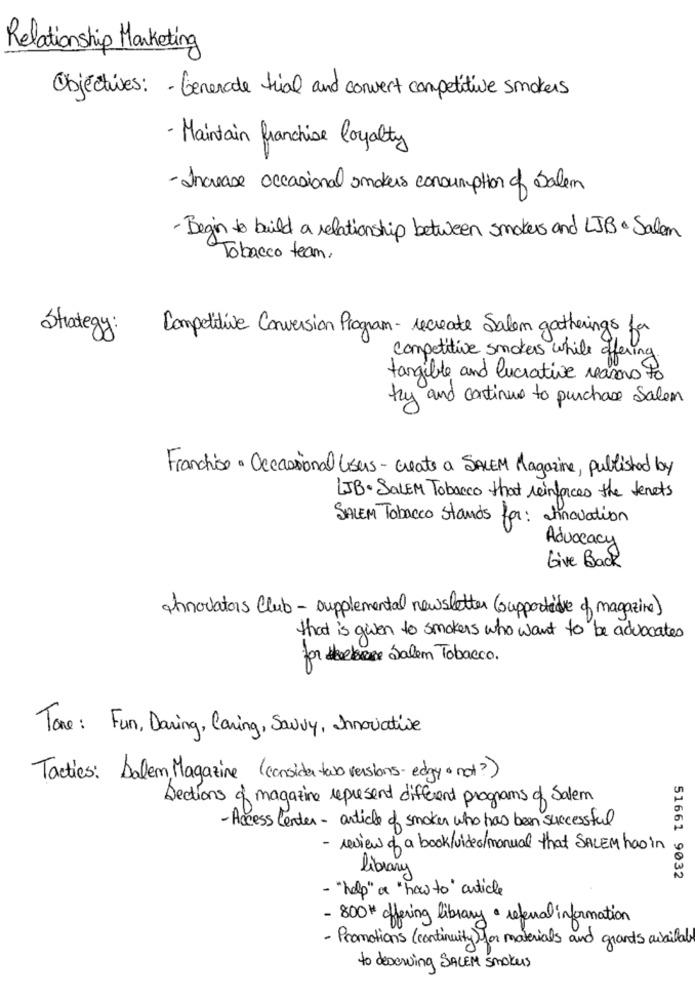
Relationship Marketing
Objectives: - Generate trial and convert competitive smokers
- Maintain franchise loyalty
- Increase occasional smokers consumption of Salem
- Begin to build a relationship between smokers and LJB & Salam
Tobacco team,
Strategy:
Competitive Conversion Program- recreate Salem gatherings fo
competitive smokers while offering.
tangible and lucrative reasons to
try and continue to purchase Salem
Franchise. Occasional Users- Greats a SALEM Magazine, published by
LJB. SALEM Tobacco that reinforces the tenets
SALEM Tobacco stands for: hnovation
Advocacy
Give Back
Innovators Club- supplemental newsletter (supportive of magazine)
that is given to smokers who want to be advocates
for deelbare Salem Tobacco .
Tone : Fun, Daring, Caring, Savvy, Innovative
Tactics: Dallem Magazine (consider two versions-edgy . not?)
Sections of magazine represent different programs of Salem
-Access Center - article of smoken who has been successful
- review of a book/video/manual that SALEM has in
library
51661 9032
- "help" a "how to" article
- 800# offering library · referral information
- Promotions (continuity) for materials and grands available
to deserving SALEM Smokes